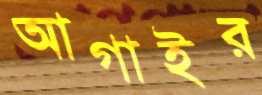
আগাইর